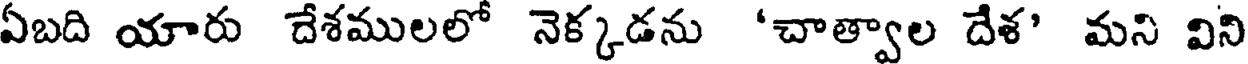
ఏబది యారు దేశములలో నెక్కడను 'చాత్వాల దేళ' మని విని